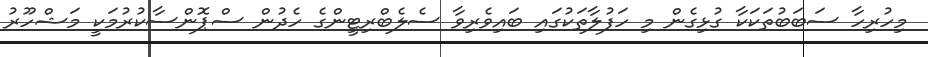
މިހުރިހާ ސަބަބުތަކަކާ ގުޅިގެން މި ހަފުލާތަކުގައި ބައިވެރިވާ ސެލެބްރިޓީންގެ ހެދުން ސްޕޮންސާކުރުމަކީ މަޝްހޫރު